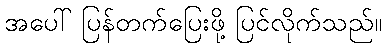
အပေါ် ပြန်တက်ပြေးဖို့ ပြင်လိုက်သည်။